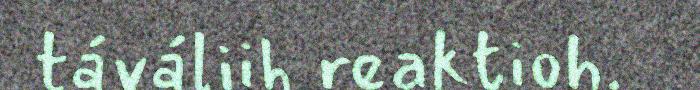
táváliih reaktioh.